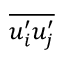
\overline { { u _ { i } ^ { \prime } u _ { j } ^ { \prime } } }